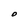
Character: O